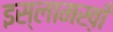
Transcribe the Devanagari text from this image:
इस्लामख़ाँ